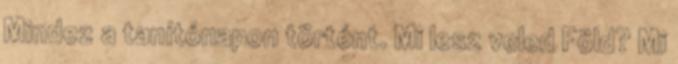
Mindez a tanítónapon történt. Mi lesz veled Föld? Mi